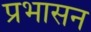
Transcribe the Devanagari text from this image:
प्रभासन